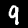
Digit: 9